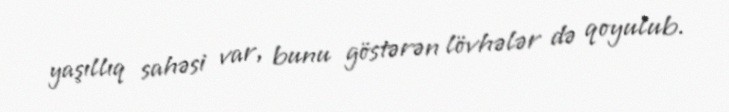
yaşıllıq sahəsi var, bunu göstərən lövhələr də qoyulub.